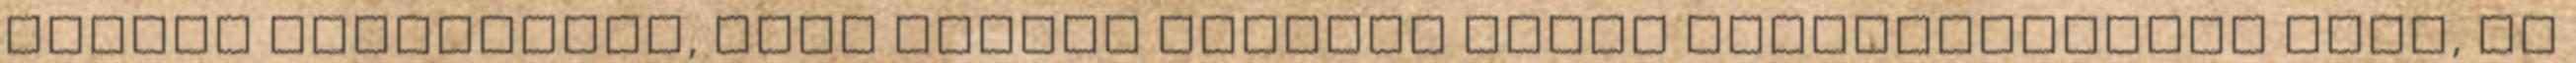
mennyi konfliktus, hány háború kísérte végig történelmünket Elég, ha